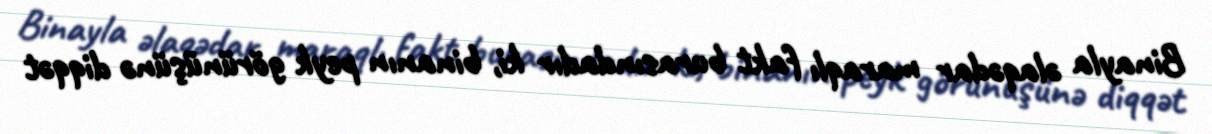
Binayla əlaqədar maraqlı fakt burasındadır ki, binanın peyk görünüşünə diqqət